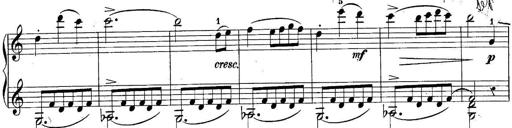
Title: 10 Sonatines progressives
Composer: Anton Schmoll